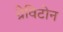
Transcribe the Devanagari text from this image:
ग्रेविटोन